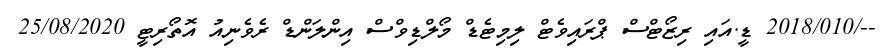
--/2018/010 ޑީ.އައި ރިޒޯޓްސް ޕްރައިވެޓް ލިމިޓެޑް މޯލްޑިވްސް އިންލަންޑް ރެވެނިއު އޮތޯރިޓީ 25/08/2020